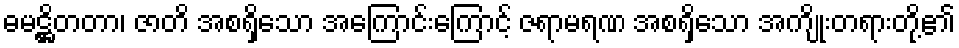
ဓမဋ္ဌိတတာ၊ ဇာတိ အစရှိသော အကြောင်းကြောင့် ဇရာမရဏ အစရှိသော အကျိုးတရားတို့၏